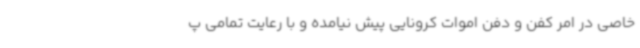
خاصی در امر کفن و دفن اموات کرونایی پیش نیامده و با رعایت تمامی پ